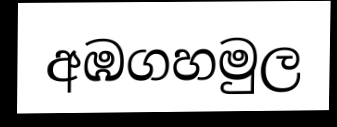
අඹගහමුල